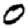
Digit: 0